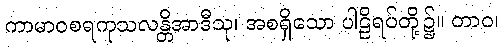
ကာမာဝစရကုသလန္တိအာဒီသု၊ အစရှိသော ပါဠိရပ်တို့၌။ တာဝ၊